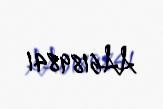
AA6189841